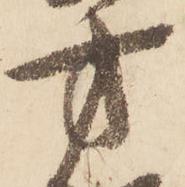
方